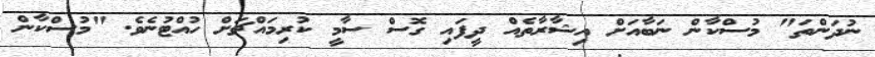
ނުދަންތަ" މުސްކާން ނަބާއަށް އިޝާރާތެއް ދީފައި ގޮސް ސާމީ ކުރިމައްޗަށް ހުއްޓުނެވެ. "މުސްކާން